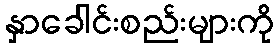
နှာခေါင်းစည်းများကို